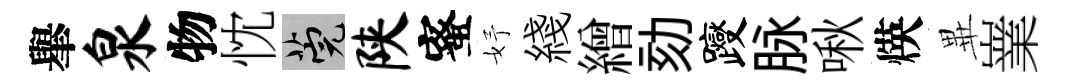
𦦙泉物忱筦陕蜜妤綫繒劾躞脉啾煐𭺾嶪